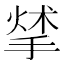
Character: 𢰣